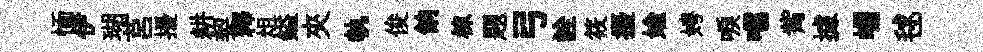
愐伊瑚莒擾耕契釋俎鎰夾執俊餉棟題弓詮筱擾媮娉唳嚅觜據崛毬